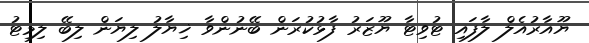
ޔޫއާރުއެލް ލާފައި ޓުވިޓާ ޔޫޒަރު ފާޅުކުރަން ބޭނުންވާ ޚިޔާލު ލިޔަން ލިބޭ ލިމިޓު